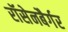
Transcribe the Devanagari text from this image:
रॉसेनबैर्गर